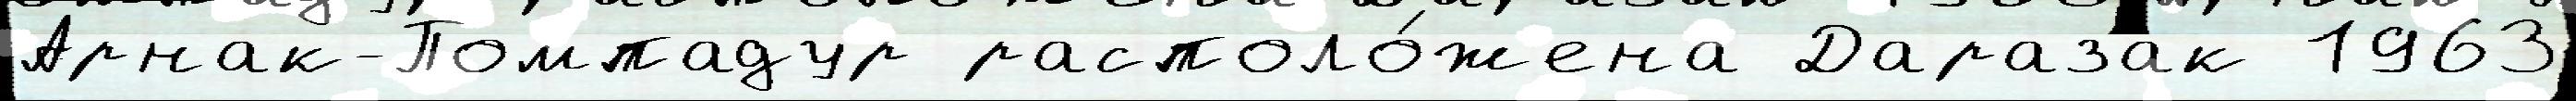
Арнак-Помпадур располо́жена Даразак 1963